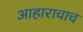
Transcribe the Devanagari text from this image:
आहाराचाच